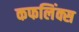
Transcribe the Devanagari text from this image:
कफलिंक्स